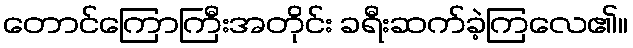
တောင်ကြောကြီးအတိုင်း ခရီးဆက်ခဲ့ကြလေ၏။